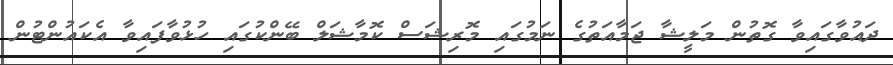
ދައުވާގައިވާ ގޮތުން މަލީޝާ ޖަމާއަތުގެ ނަމުގައި މޮރިޝަސް ކޮމާޝަލް ބޭންކުގައި ހުޅުވާފައިވާ އެކައުންޓުން